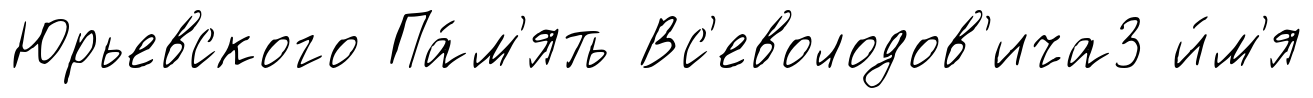
Юрьевского Па́м'ять Вс'еволодов'ича3 и́м'я